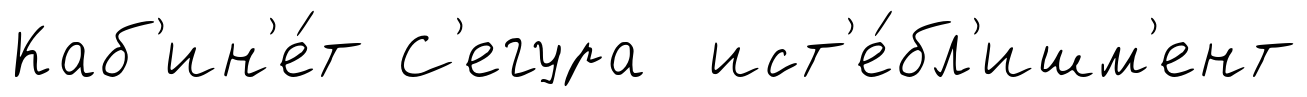
Каб'ин'е́т С'егура ист'е́бл'ишм'ент